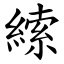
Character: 䌇